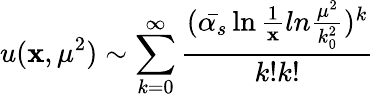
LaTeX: u(\mathbf{x},\mu^{2})\sim\sum_{k=0}^{\infty}\frac{{(\bar{{\alpha_{s}}}\ln\frac{{1}}{{\mathbf{x}}}ln\frac{{\mu^{2}}}{{k_{0}^{2}}})^{k}}}{{k!k!}}